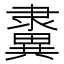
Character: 𨾂